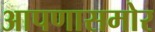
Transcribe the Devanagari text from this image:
आपणासमोर